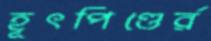
হূৎপিণ্ডের্র